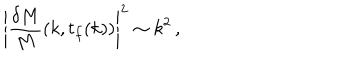
LaTeX: \left| { \frac { \delta M } { M } } ( k , t _ { f } ( k ) ) \right| ^ { 2 } \sim k ^ { 2 } \, ,